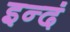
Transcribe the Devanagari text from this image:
इन्दं